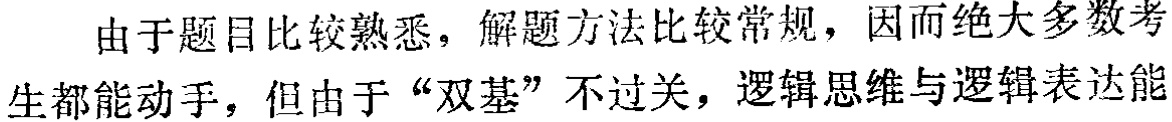
由于题目比较熟悉，解题方法比较常规，因而绝大多数考
生都能动手，但由于“双基”不过关，逻辑思维与逻辑表达能